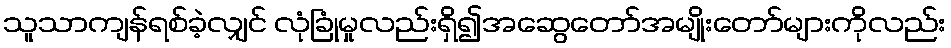
သူသာကျန်ရစ်ခဲ့လျှင် လုံခြုံမှုလည်းရှိ၍အဆွေတော်အမျိုးတော်များကိုလည်း